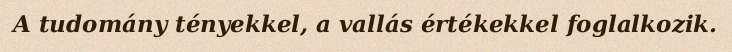
A tudomány tényekkel, a vallás értékekkel foglalkozik.